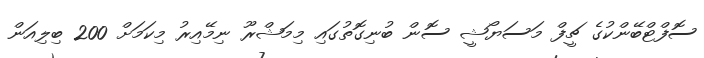
ސޮފްޓްބޭންކުގެ ޗީފް މަސަޔޯޝީ ސޮން ބުނިގޮތުގައި މިމަޝްރޫ ނިމޭއިރު މިކަމަށް 200 ބިލިއަން